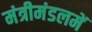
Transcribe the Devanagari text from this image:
मंत्रीमंडलमें